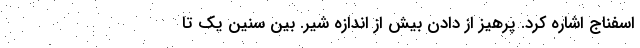
اسفناج اشاره کرد. پرهیز از دادن بیش از اندازه شیر. بین سنین یک تا